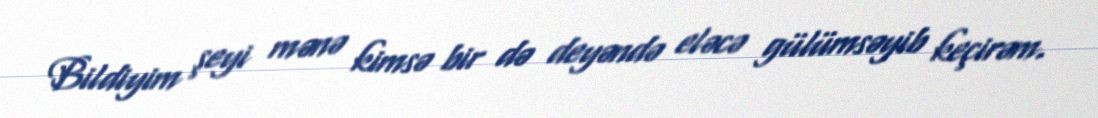
Bildiyim şeyi mənə kimsə bir də deyəndə eləcə gülümsəyib keçirəm.